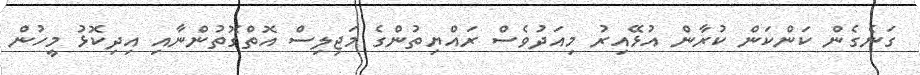
ގަނެގެން ކަންކަން ކުރާން އުޅޭއިރު މިއަދުވެސް ރައްޔިތުންގެ މަޖިލިސް އޮތްގޮތުންނާއި އިދިކޮޅު މީހުން